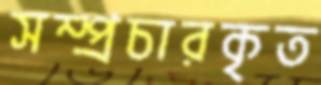
সম্প্রচারকৃত